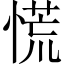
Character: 慌